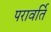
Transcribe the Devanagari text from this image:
परावर्ति